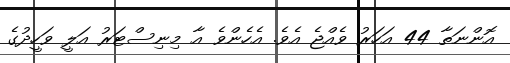
އޮންނަތާ 44 އަހަރު ވެއްޖެ އެވެ. އެހެންވެ އާ މިނިސްޓަރު އަލީ ވަހީދުގެ